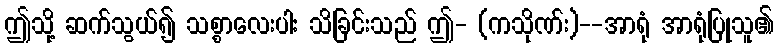
ဤသို့ ဆက်သွယ်၍ သစ္စာလေးပါး သိခြင်းသည် ဤ- (ကသိုဏ်း)--အာရုံ အာရုံပြုသူ၏